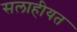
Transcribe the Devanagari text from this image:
सलाहीयत